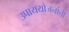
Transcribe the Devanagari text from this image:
उपाययोजनांनी